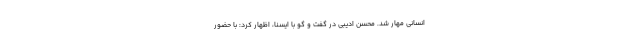
انسانی مهار شد. محسن ادیبی در گفت و گو با ایسنا، اظهار کرد: با حضور